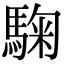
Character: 𩣽